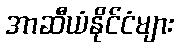
အာဆီယံနိုင်ငံများ